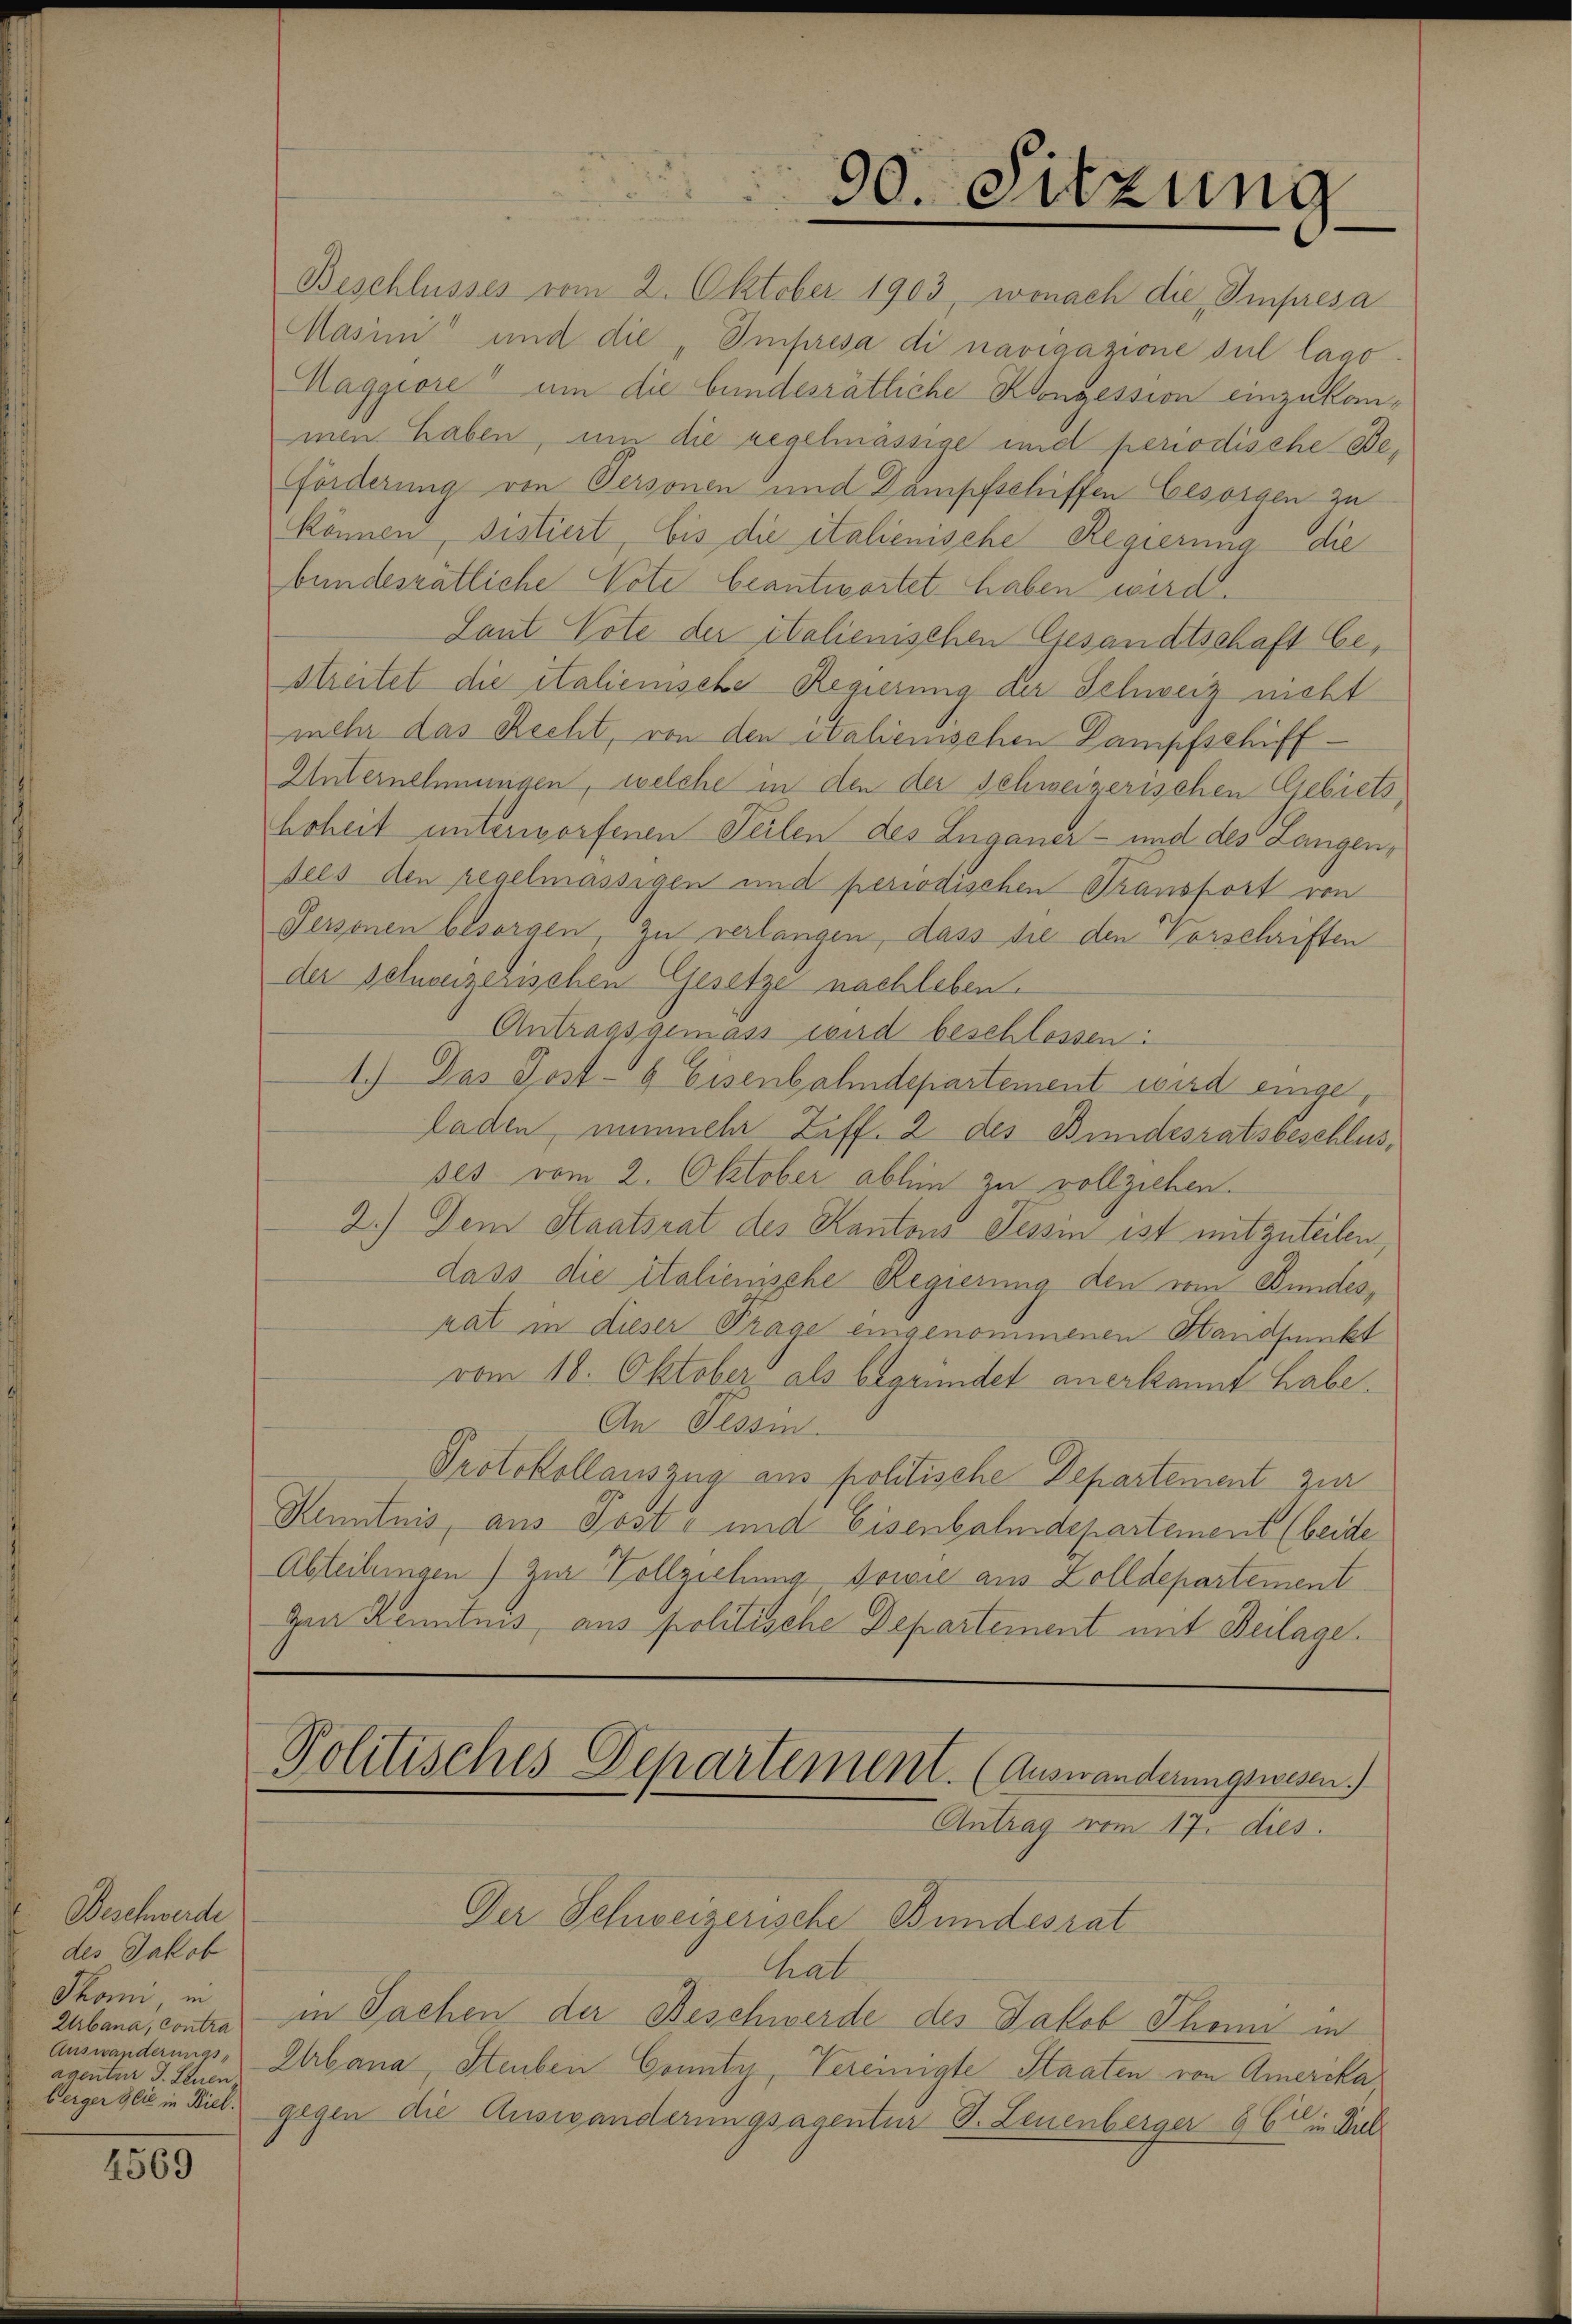
Beschwerde
des Jakob
Thon, in
Urbana, contra
agentar J. Leuen,

1569

Beschlusses vom 2. Oktober 1903, wonach die Impresa
Masini“ und die Impresa di navigazione sul lago
Maggiore um die bundesrätliche Konzession einzukommen haben, um die regelmässige und periodische Be¬
Förderung von Personen und Dampfschiffen besorgen zu
können, sistiert, bis die italienische Regierung die
bundesrätliche Note beantwortet haben wird.
Laut Vote der italienischen Gesandtschaft be¬
Streitet die italienische Regierung der Schweiz nicht
mehr das Recht, von den italienischen Dampfschiff¬
Unternehmungen, welche in den der Schweizerischen Gebiets,
hoheit unterworfenen Teilen des Luganer- und des Langen,
seis den regelmässigen und periodischen Transport von
Personen besorgen, zu verlangen, dass sie den Vorschriften
der seinenzerischen Gesetze nachleben.
Antragsgemäss wird beschlossen:
1.) Das Post-6 Eisenbahndepartement wird eingeladen, nunmehr Ziff. 2 des Bundesratsbeschlusses vom 2. Oktober abhin zu vollziehen.
2.) Dem Staatsrat des Kantons Tessin ist mit zuteilen
dass die italienische Regierung den vom Bundes,
rat in dieser Trage eingenommenen Handfunkt
vom 16. Oktober, als begründet anerkannt habe.
An Tessin.
Protokollauszug aus politische Departement zur
Kenntnis, aus Post- und Eisenbahndepartement (beide
Abteilungen) zur Vollziehung sowie aus Zolldepartement
Zur Kenntnis aus politische Departement mit Beilage.

Politisches Departement. (Auswanderungswesen.
Antrag vom 17. dies

Der Schweizerische Bundesrat
hat
in Sachen der Beschwerde des Jakob Thomi in
Auswanderungs-Urbana, Steuben County, Vereinigte Staaten von Amerika
beiger geiz in Biel gegen die Auswanderungsagentur S. Leuenberger 66 in Diel

90. Sitzung